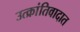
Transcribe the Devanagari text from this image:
उत्क्रांतिवादात